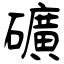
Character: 礦